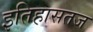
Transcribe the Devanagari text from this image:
इतिहासतज